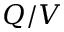
Q / V